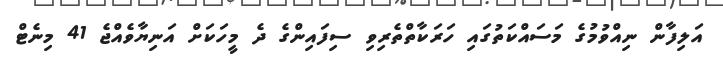
އަލިފާން ނިއްވުމުގެ މަސައްކަތުގައި ހަރަކާތްތެރިވި ސިފައިންގެ ދެ މީހަކަށް އަނިޔާވެއްޖެ 41 މިނެޓް